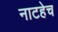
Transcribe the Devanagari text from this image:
नाटहेच